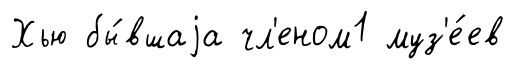
Хью бы́вшаjа чл'еном1 муз'е́ев